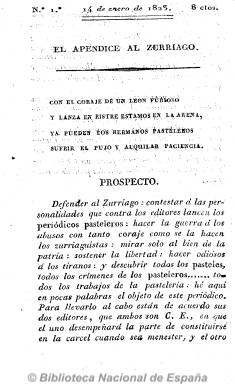
Título: El Apéndice al Zurriago
Colección: Periódicos anteriores a 1850
Ámbito geográfico: Madrid
Lugar de publicación: Madrid
Fechas: 14/01/1823-07/02/1823

Aparece para defender al también periódico liberal comunero El zurriago y a los “zurriaguistas” de los numerosos ataques de que es objeto por la prensa adversaria, contestar a los periódicos “pasteleros” (liberales templados), criticar a los masones y “hacer la guerra” a los abusos del poder. Sin periodicidad fija, aparecen cuatro números, desde el catorce de enero al catorce de febrero de 1823, de pequeño formato y una apariencia material similar a El zurriago. Con textos en prosa y en verso, y de carácter asimismo satírico, sale de la imprenta de R. Cerro, la misma que la del periódico que defiende, de cuyos avatares y la de sus editores da también cuenta.